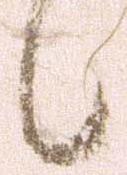
候